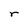
Character: r